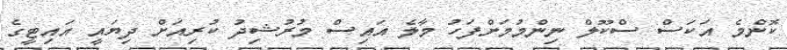
ކޮންމެ އަކަސް ސްކޫލް ނިންމުމަށްފަހު މާލެ އައިސް މުރުޝިދު ކުރިއަށް ދިޔައީ އައިޓީގެ